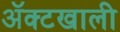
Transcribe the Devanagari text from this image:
ॲक्टखाली